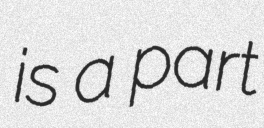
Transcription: is a part